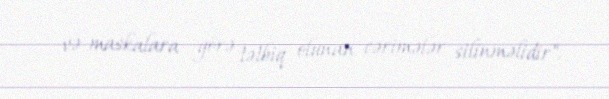
və maskalara görə tətbiq olunan cərimələr silinməlidir".